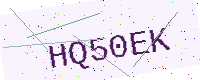
Text: HQ50EK